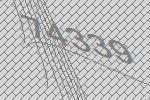
74339